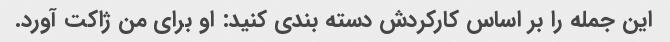
این جمله را بر اساس کارکردش دسته بندی کنید: او برای من ژاکت آورد.